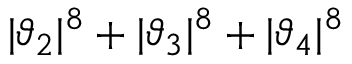
| \vartheta _ { 2 } | ^ { 8 } + | \vartheta _ { 3 } | ^ { 8 } + | \vartheta _ { 4 } | ^ { 8 }